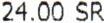
24.00 SR